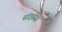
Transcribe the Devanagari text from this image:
सांइसेस